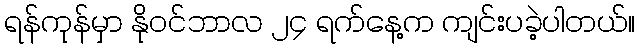
ရန်ကုန်မှာ နိုဝင်ဘာလ ၂၄ ရက်နေ့က ကျင်းပခဲ့ပါတယ်။